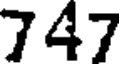
747